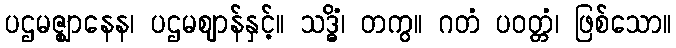
ပဌမဇ္ဈာနေန၊ ပဌမဈာန်နှင့်။ သဒ္ဓိံ၊ တကွ။ ဂတံ ပဝတ္တံ၊ ဖြစ်သော။